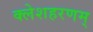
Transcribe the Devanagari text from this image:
क्लेशहरणम्